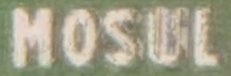
MOSUL